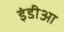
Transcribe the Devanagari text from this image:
इंडीआ